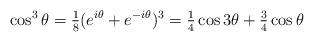
LaTeX: \begin{align*} \cos^3 \theta = \tfrac{1}{8}(e^{i\theta}+e^{-i\theta})^3 = \tfrac{1}{4} \cos 3\theta + \tfrac{3}{4}\cos \theta\end{align*}